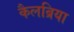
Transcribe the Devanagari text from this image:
कैलब्रिया